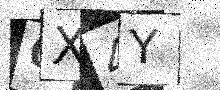
Text: 0X4Y